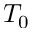
T _ { 0 }